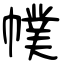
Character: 幞